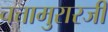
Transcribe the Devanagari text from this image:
चत्तामुरारजी